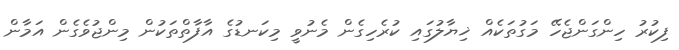
ފިކުރު ހިންގަންޖެހޭ މަގުތަކެއް ޚިޔާލުގައި ކުރެހިގެން މެނުވީ މިކަނޑުގެ އާފާތްތަކުން މިންޖުވެގެން އަމާން